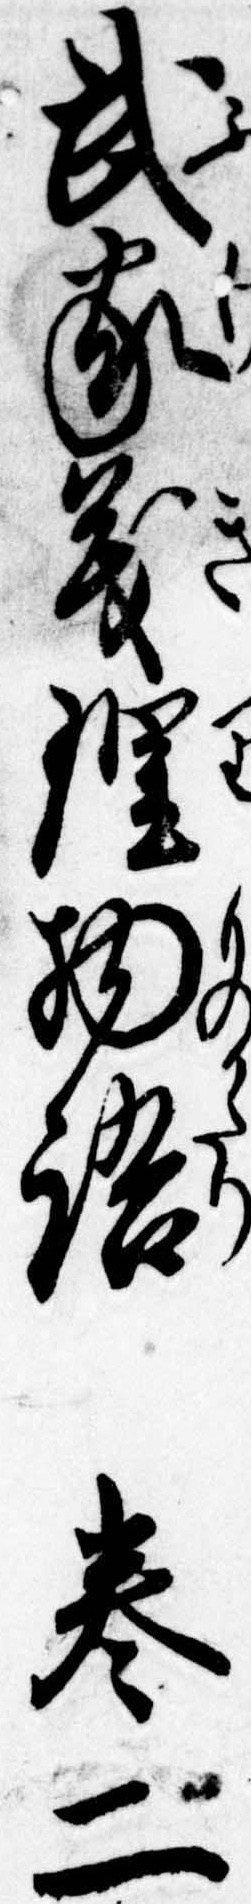
武家義理物語巻二